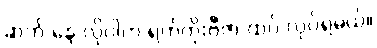
ဆက် နေ လိုပါက ရက်တိုးဗီဇာ ထပ် လုပ်ရမယ်။